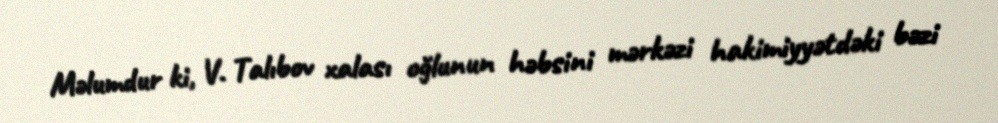
Məlumdur ki, V. Talıbov xalası oğlunun həbsini mərkəzi hakimiyyətdəki bəzi